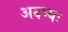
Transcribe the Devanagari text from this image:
अदभ्यः